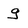
Character: g